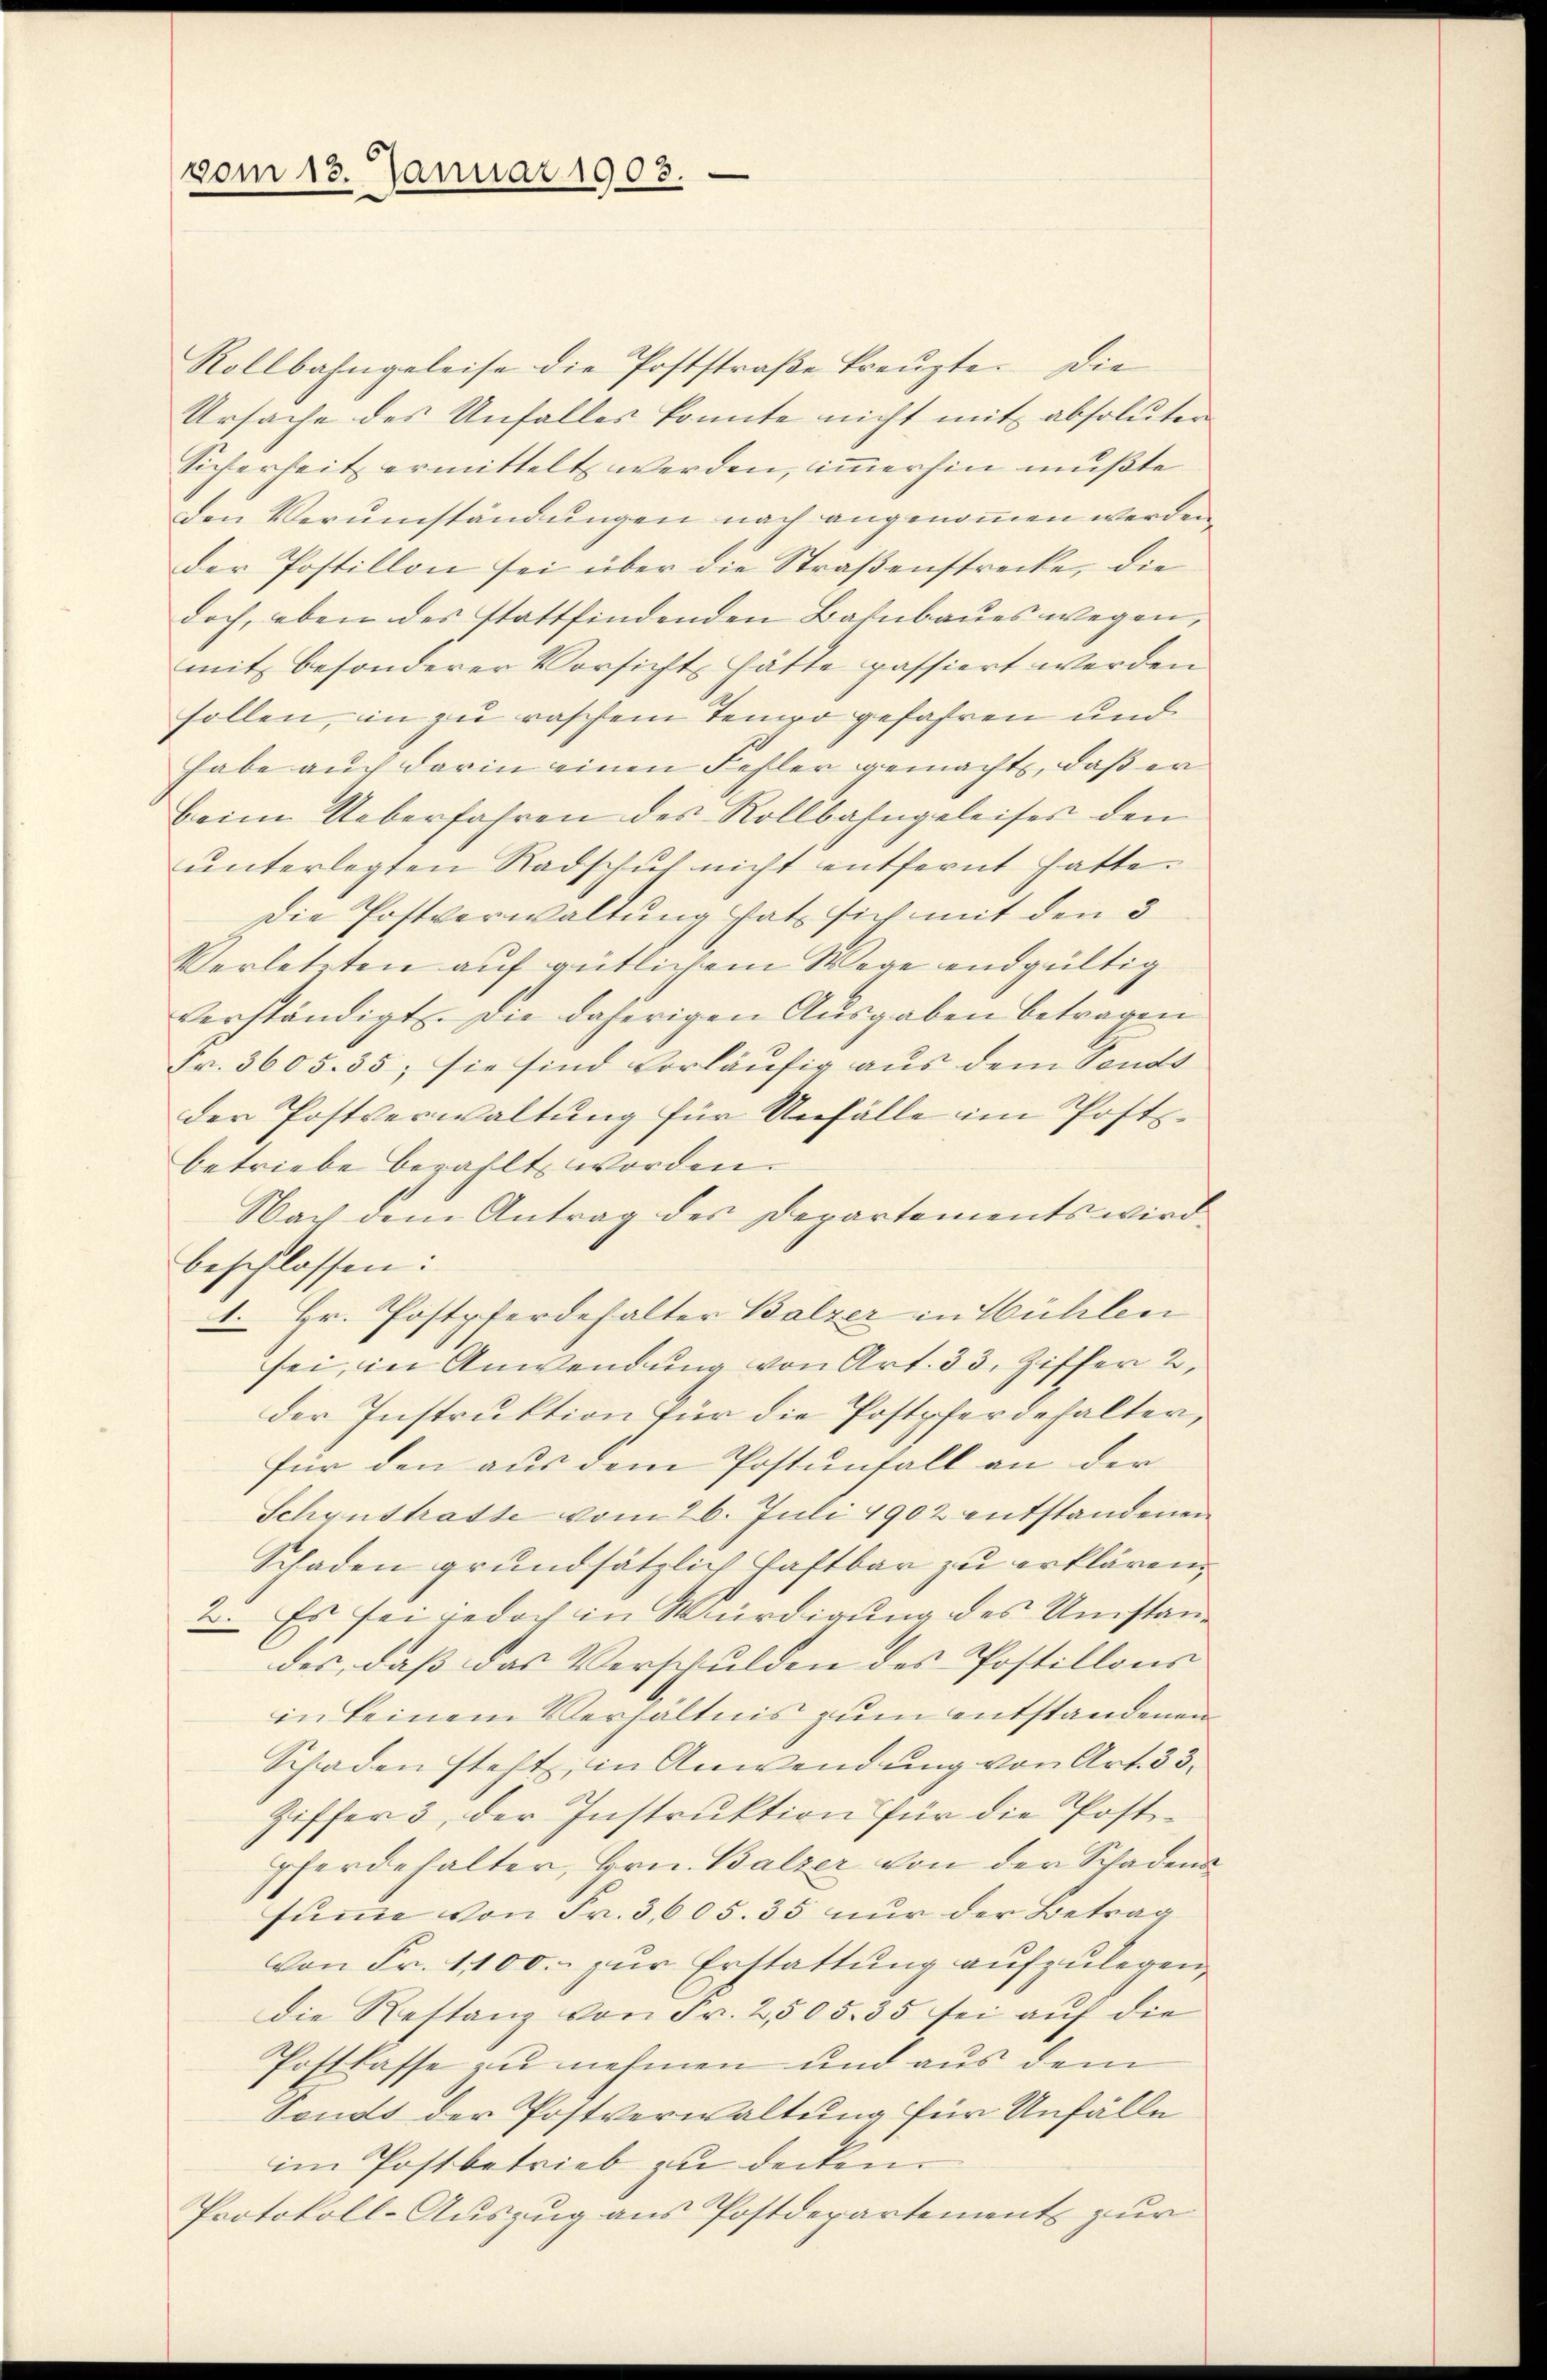
vom 13. Januar 1903.

Rollbahngeleise die Poststraße kreuzte. Die
Ursache des Unfalles konnte nicht mit absoluten
Sicherheit ermittelt werden, immerhin mußte
den Verumständungen nach angenommen werden
der Postillon sei über die Straßenstrecke, die
doch, eben des stattfindenden Bahnbaues wegen,
mit besonderer Vorsicht hätte passiert werden
sollen, in zu raschem Tempo gefahren und
habe auch darin einen Fehler gemacht, daß er
beim Ueberfahren des Rollbahngeleises den
ŭnterlegten Radschuf nicht entfernt hatte.
Die Postverwaltung hat sich mit den 3
Verletzten auf gütlichem Wege endgültig
verständigt. Die daherigen Ausgaben betragen
Fr. 3605. 35; sie sind vorläufig aus dem Sandt
der Postverwaltung für Unfälle im Postbetriebe bezahlt worden.
Nach dem Antrag des Departements wird
beschlossen:
1. Hr. Postpferdehalter Balzer in Mühlen
sei, in Anwendung von Art. 33, Ziffer 2,
der Instruktion für die Postpferdehalter,
für den aus dem Postunfall an der
Schynstrathe vom 26. Juli 1902 entstandenen
Schaden grundsätzlich haftbar zu erklären,
2. Es sei jedoch in Würdigung des Umstand
des, daβ das Verschulden des Postillons
in keinem Verhältnis zum entstandenen
Schaden steht, in Anwendung von Art. 33.
Ziffer 3, der Instruktion für die Postpferdehalter, Hrn. Balzer von der Schadena
summe von Fr. 3, 605. 35 nur der Betrag
von Fr. 1100. zur Erstattung aufzulegen,
die Restanz von Fr. 2505. 35 sei auf die
Postkasse zu nehmen und aus dem
Sonds der Postverwaltung für Unfälle
im Postbetrieb zu decken.
Protokoll-Auszug aus Postdepartement zur